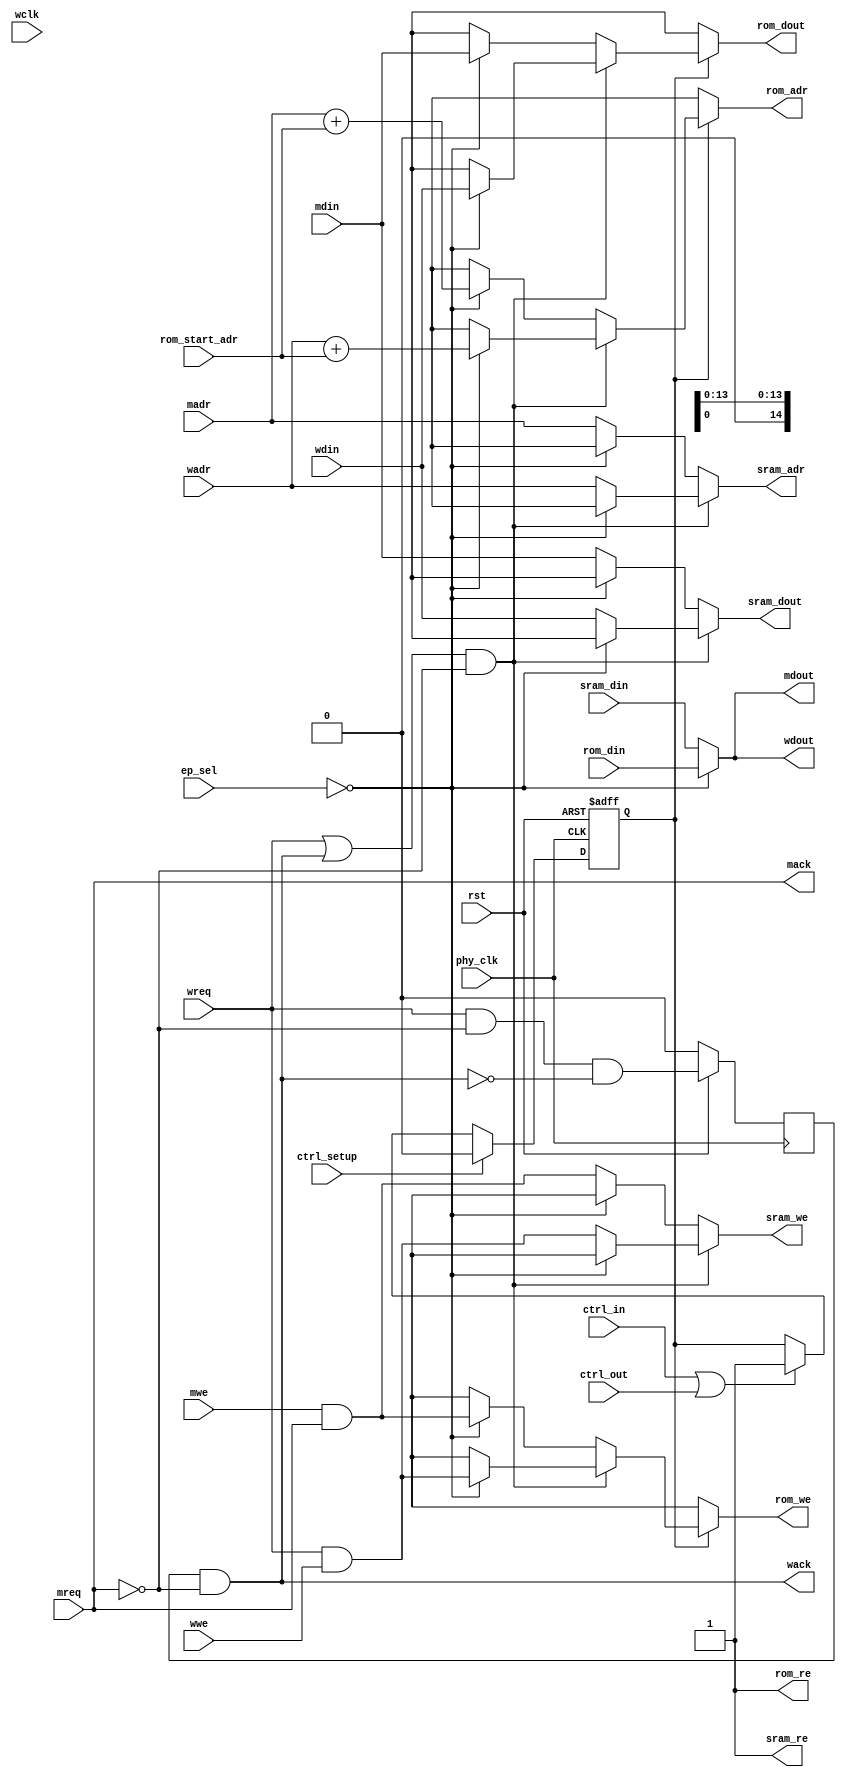
module usbf_mem_arb(	phy_clk, wclk, rst,

		// SSRAM Interface
		sram_adr, sram_din, sram_dout, sram_re, sram_we,
                rom_start_adr, rom_adr, rom_din, rom_dout, rom_re, rom_we,
                ep_sel,
                ctrl_setup, ctrl_in, ctrl_out,

		// IDMA Memory Interface
		madr, mdout, mdin, mwe, mreq, mack,

		// WISHBONE Memory Interface
		wadr, wdout, wdin, wwe, wreq, wack

		);




parameter	SSRAM_HADR = 14;

input		phy_clk, wclk, rst;

output	[SSRAM_HADR:0]	sram_adr;
input	[31:0]	sram_din;
output	[31:0]	sram_dout;
output		sram_re, sram_we;



input   [SSRAM_HADR:0]  rom_start_adr;
output	[SSRAM_HADR:0]	rom_adr;
input	[31:0]	rom_din;
output	[31:0]	rom_dout;
output		rom_re; 
output          rom_we;


input   [3:0]   ep_sel;

input ctrl_setup;
input ctrl_in;
input ctrl_out;








input	[SSRAM_HADR:0]	madr;
output	[31:0]	mdout;
input	[31:0]	mdin;
input		mwe;
input		mreq;
output		mack;

input	[SSRAM_HADR:0]	wadr;
output	[31:0]	wdout;
input	[31:0]	wdin;
input		wwe;
input		wreq;
output		wack;

///////////////////////////////////////////////////////////////////
//
// Local Wires and Registers
//

wire		wsel;



wire	[SSRAM_HADR:0]	sram_adr;
wire	[31:0]	sram_dout;
wire		sram_we;


wire	[SSRAM_HADR:0]	rom_adr;
wire	[31:0]	rom_dout;
wire		rom_we;







wire		mack;
wire		mcyc;
reg		wack_r;

///////////////////////////////////////////////////////////////////
//
// Memory Arbiter Logic
//

// IDMA has always first priority

// -----------------------------------------
// Ctrl Signals

assign wsel = (wreq | wack) & !mreq;

// -----------------------------------------
// SSRAM Specific
// Data Path

reg ctrl_transfer2rom_en;


always @ (posedge phy_clk or negedge rst) begin

  if(!rst)
    ctrl_transfer2rom_en <= 1'b0;
  else if(ctrl_setup)
    ctrl_transfer2rom_en <= 1'b0;
  else if(ctrl_in | ctrl_out)
    ctrl_transfer2rom_en <= 1'b1;
  else
    ctrl_transfer2rom_en <= ctrl_transfer2rom_en;

end


assign rom_dout  = (ctrl_transfer2rom_en) ? (wsel) ? ((ep_sel==4'b0)? wdin : 32'hx) : ((ep_sel==4'b0)? mdin : 32'hx) : 32'hx;
assign sram_dout = (wsel) ? ((ep_sel==4'b0)? 32'hx : wdin) : ((ep_sel==4'b0)? 32'hx : mdin);

assign rom_adr   = (ctrl_transfer2rom_en) ? (wsel) ? ((ep_sel==4'b0)? (wadr + rom_start_adr) : 14'hx) : ((ep_sel==4'b0)? (madr + rom_start_adr) : 14'hx) : 14'hx;
assign sram_adr  = (wsel) ? ((ep_sel==4'b0)? 14'hx : wadr) : ((ep_sel==4'b0)? 14'hx : madr);

assign rom_we    = (ctrl_transfer2rom_en) ? (wsel) ? ((ep_sel==4'b0)? (wreq & wwe) : 1'hx) : ((ep_sel==4'b0)? (mwe & mcyc) : 1'hx) : 1'hx;
assign sram_we   = (wsel) ? ((ep_sel==4'b0)? 1'hx : (wreq & wwe)) : ((ep_sel==4'b0)? 1'hx : (mwe & mcyc));




// // Data Out
// always @(wsel or wadr or madr)
// 	if(wsel)	ep==4'b0 ? rom_dout = wdin : sram_dout = wdin;
// 	else		ep==4'b0 ? rom_dout = mdin : sram_dout = mdin;
// // Address Path
// always @(wsel or wadr or madr)
// 	if(wsel)	ep==4'b0 ? rom_adr = wadr : sram_adr = wadr;
// 	else		ep==4'b0 ? rom_adr = madr : sram_adr = madr;
// 
// // Write Enable Path
// always @(wsel or wwe or wreq or mwe or mcyc)
// 	if(wsel)	ep==4'b0 ? rom_we = wreq & wwe : sram_we = wreq & wwe;
// 	else		ep==4'b0 ? rom_we = wreq & wwe : sram_we = mwe & mcyc;

assign sram_re = 1'b1;
assign rom_re  = 1'b1;

// -----------------------------------------
// IDMA specific

assign mdout = ep_sel==4'b0 ? rom_din : sram_din;

assign mack = mreq;

assign mcyc = mack;	// Qualifier for writes

// -----------------------------------------
// WISHBONE specific
assign wdout = (ep_sel==4'b0) ? rom_din : sram_din;

assign wack = wack_r & !mreq;

`ifdef USBF_ASYNC_RESET
always @(posedge phy_clk or negedge rst)
`else
always @(posedge phy_clk)
`endif
	if(!rst)	wack_r <= 1'b0;
	else		wack_r <= wreq & !mreq & !wack;

endmodule